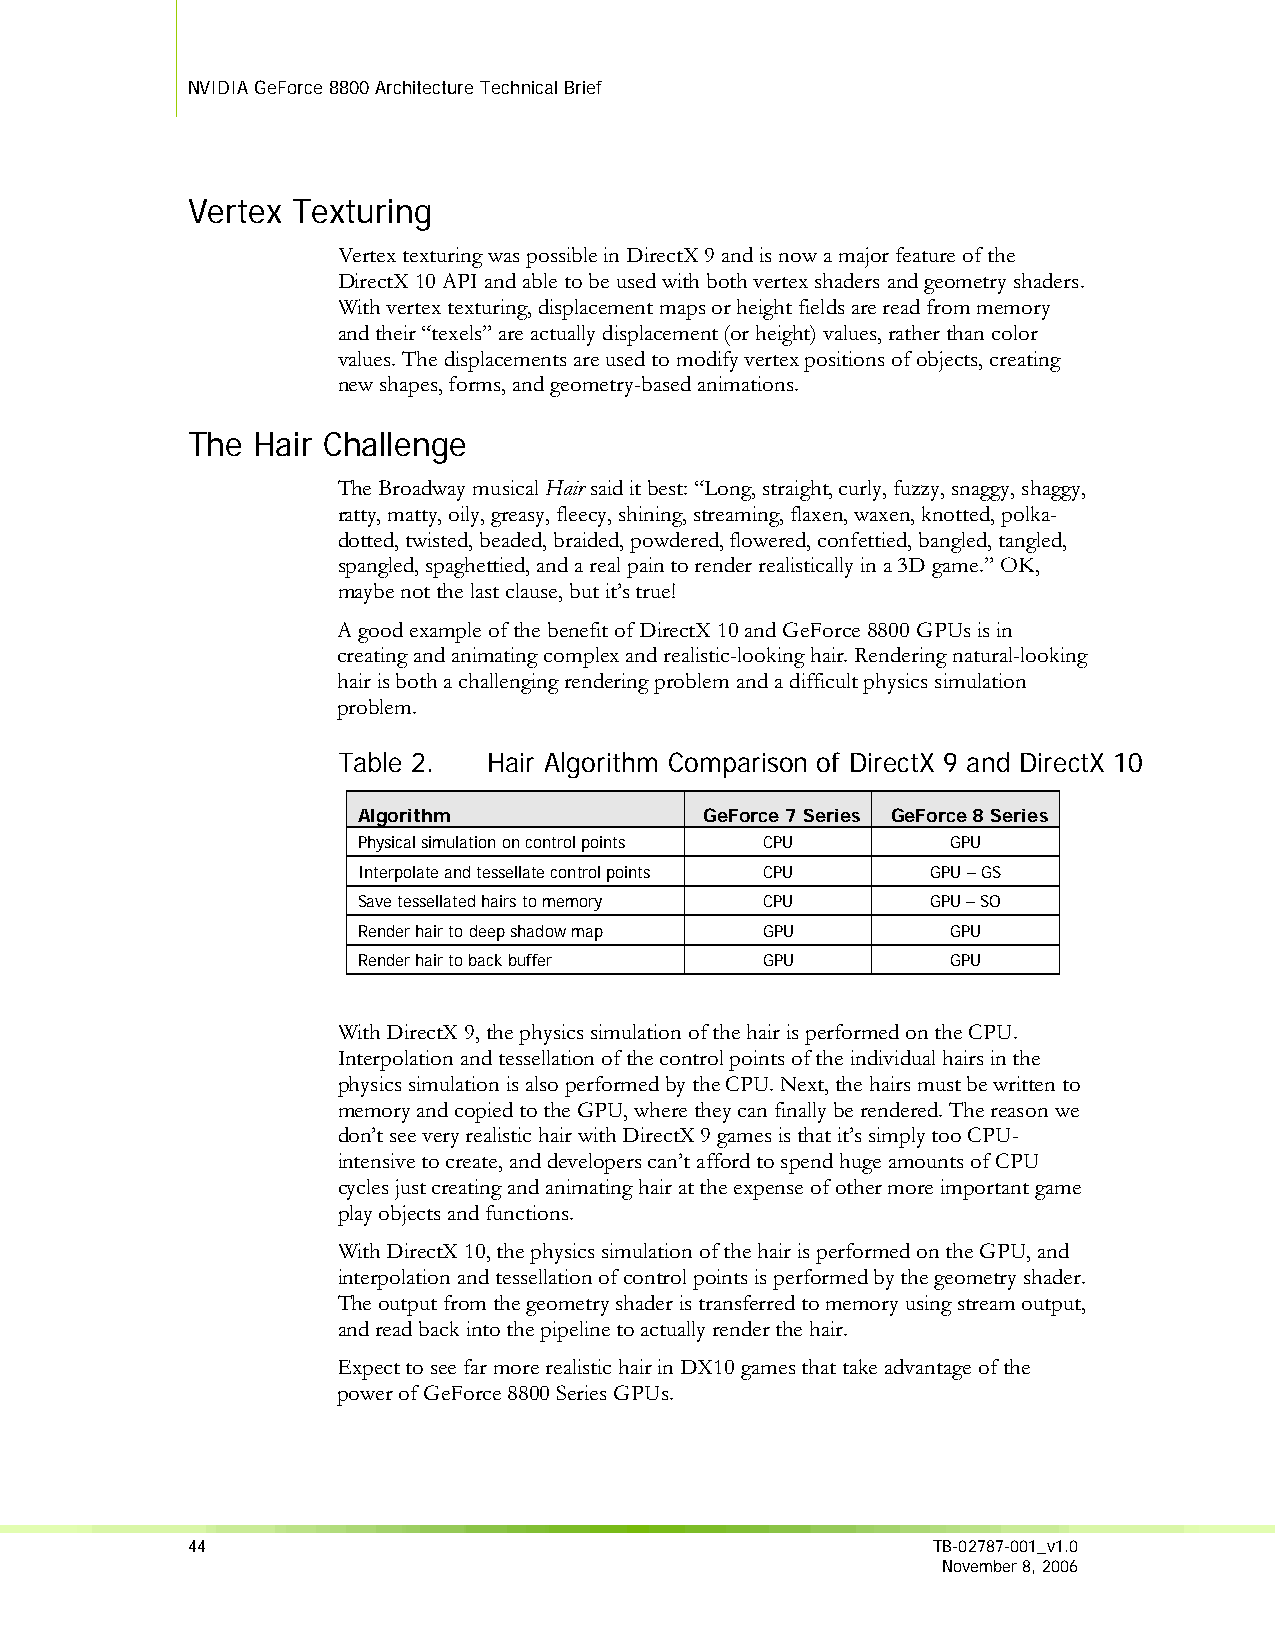
NVIDIA GeForce 8800 Architecture Technical Brief
 Vertex Texturing
 Vertex texturing was possible in DirectX 9 and is now a major feature of the
 DirectX 10 API and able to be used with both vertex shaders and geometry shaders.
 With vertex texturing, displacement maps or height fields are read from memory
 and their “texels” are actually displacement (or height) values, rather than color
 values. The displacements are used to modify vertex positions of objects, creating
 new shapes, forms, and geometry-based animations.
 The  Hair Challenge
 The Broadway musical Hair said it best: “Long, straight, curly, fuzzy, snaggy, shaggy,
 ratty, matty, oily, greasy, fleecy, shining, streaming, flaxen, waxen, knotted, polka-
 dotted, twisted, beaded, braided, powdered, flowered, confettied, bangled, tangled,
 spangled, spaghettied, and a real pain to render realistically in a 3D game.” OK,
 maybe not the last clause, but it’s true!
 A good example of the benefit of DirectX 10 and GeForce 8800 GPUs is in
 creating and animating complex and realistic-looking hair. Rendering natural-looking
 hair is both a challenging rendering problem and a difficult physics simulation
 problem.
 Table 2.  Hair Algorithm Comparison of DirectX 9 and DirectX 10
 Algorithm              GeForce 7 Series GeForce 8 Series
 Physical simulation on control points CPU GPU
 Interpolate and tessellate control points CPU GPU – GS
 Save tessellated hairs to memory CPU  GPU – SO
 Render hair to deep shadow map GPU     GPU
 Render hair to back buffer GPU         GPU
 With DirectX 9, the physics simulation of the hair is performed on the CPU.
 Interpolation and tessellation of the control points of the individual hairs in the
 physics simulation is also performed by the CPU. Next, the hairs must be written to
 memory and copied to the GPU, where they can finally be rendered. The reason we
 don’t see very realistic hair with DirectX 9 games is that it’s simply too CPU-
 intensive to create, and developers can’t afford to spend huge amounts of CPU
 cycles just creating and animating hair at the expense of other more important game
 play objects and functions.
 With DirectX 10, the physics simulation of the hair is performed on the GPU, and
 interpolation and tessellation of control points is performed by the geometry shader.
 The output from the geometry shader is transferred to memory using stream output,
 and read back into the pipeline to actually render the hair.
 Expect to see far more realistic hair in DX10 games that take advantage of the
 power of GeForce 8800 Series GPUs.
 44                                                TB-02787-001_v1.0
 November 8, 2006